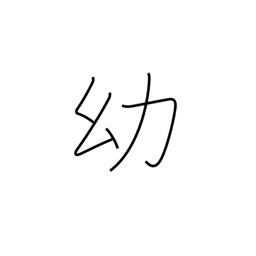
Meaning: childhood